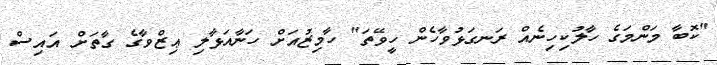
"ކޮބާ މަންމަގެ ހާލުކިހިނެއް ރަނގަޅުވާހެން ހީވޭތަ" ހާމިޒުއަށް ހަނާއަޅާލި ޢިޒްވާގެ ގާތަށް އައިސް